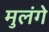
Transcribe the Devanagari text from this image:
मुलंगे